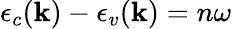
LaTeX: \epsilon_{c}(\textbf{k})-\epsilon_{v}(\textbf{k})=n\omega